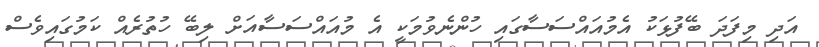
އަދި މިފަދަ ބޭފުޅަކު އެމުއައްސަސާގައި ހުންނެވުމަކީ އެ މުއައްސަސާއަށް ލިބޭ ހުތުރެއް ކަމުގައިވެސް